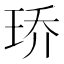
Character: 𮴓